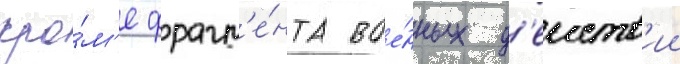
кро́м'е фрагм'е́нта вое́нных д'еиств'ии